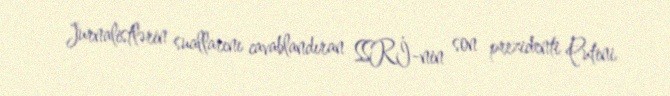
Jurnalistlərin suallarını cavablandıran SSRİ-nin son prezidenti Putini